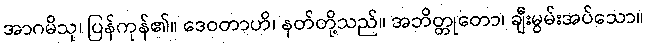
အာဂမိသု၊ ပြန်ကုန်၏။ ဒေဝတာဟိ၊ နတ်တို့သည်။ အဘိတ္တုတော၊ ချီးမွမ်းအပ်သော။